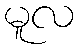
မူလ